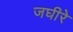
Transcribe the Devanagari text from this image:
जघीरे